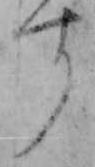
す